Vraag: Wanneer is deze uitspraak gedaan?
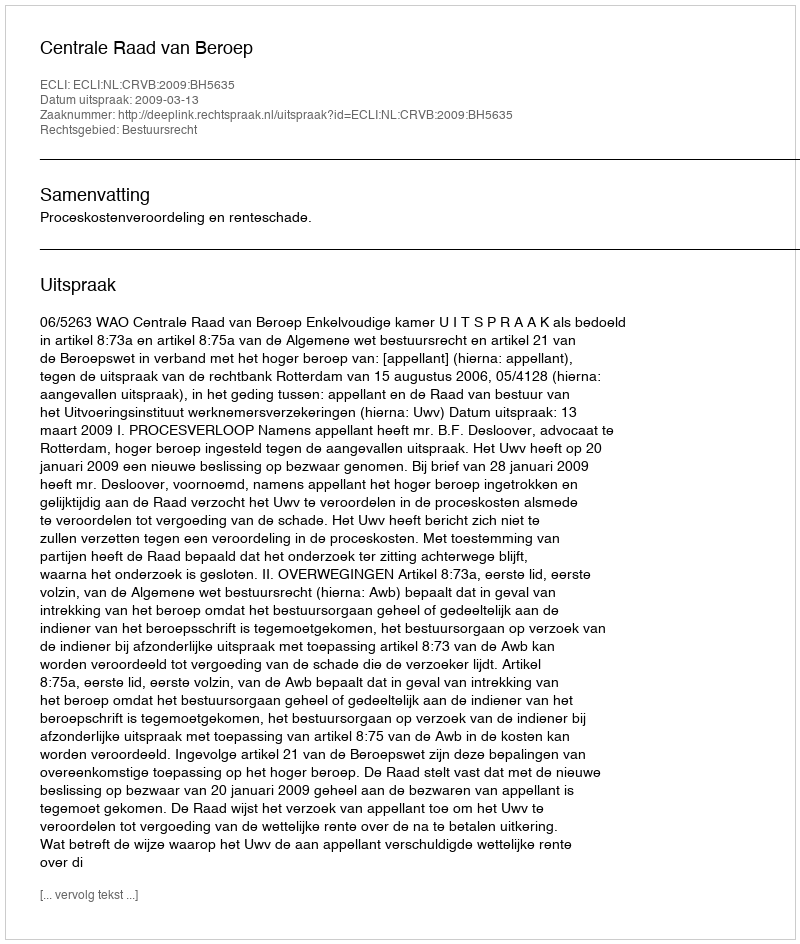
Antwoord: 2009-03-13